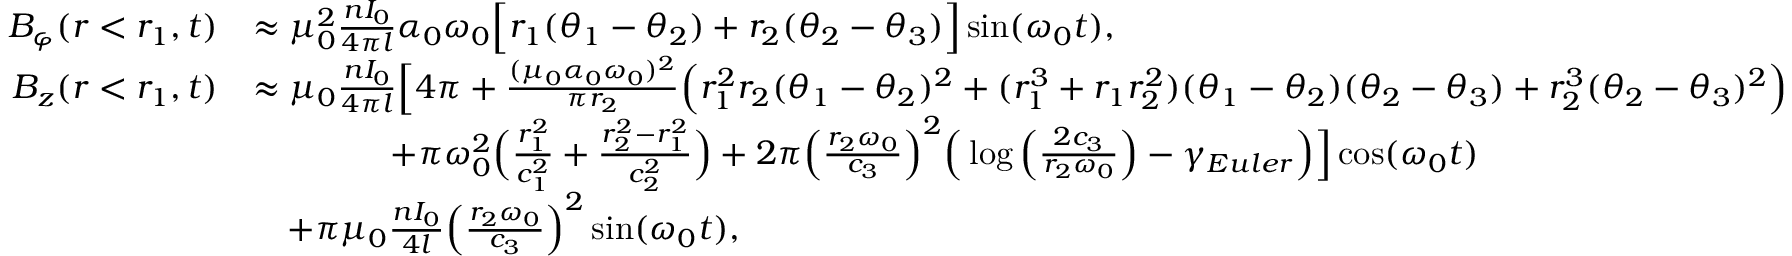
\begin{array} { r l } { B _ { \varphi } ( r < r _ { 1 } , t ) } & { \approx \mu _ { 0 } ^ { 2 } \frac { n I _ { 0 } } { 4 \pi l } \alpha _ { 0 } \omega _ { 0 } \Big [ r _ { 1 } ( \theta _ { 1 } - \theta _ { 2 } ) + r _ { 2 } ( \theta _ { 2 } - \theta _ { 3 } ) \Big ] \sin ( \omega _ { 0 } t ) , } \\ { B _ { z } ( r < r _ { 1 } , t ) } & { \approx \mu _ { 0 } \frac { n I _ { 0 } } { 4 \pi l } \Big [ 4 \pi + \frac { ( \mu _ { 0 } \alpha _ { 0 } \omega _ { 0 } ) ^ { 2 } } { \pi r _ { 2 } } \Big ( r _ { 1 } ^ { 2 } r _ { 2 } ( \theta _ { 1 } - \theta _ { 2 } ) ^ { 2 } + ( r _ { 1 } ^ { 3 } + r _ { 1 } r _ { 2 } ^ { 2 } ) ( \theta _ { 1 } - \theta _ { 2 } ) ( \theta _ { 2 } - \theta _ { 3 } ) + r _ { 2 } ^ { 3 } ( \theta _ { 2 } - \theta _ { 3 } ) ^ { 2 } \Big ) } \\ & { \qquad \qquad + \pi \omega _ { 0 } ^ { 2 } \Big ( \frac { r _ { 1 } ^ { 2 } } { c _ { 1 } ^ { 2 } } + \frac { r _ { 2 } ^ { 2 } - r _ { 1 } ^ { 2 } } { c _ { 2 } ^ { 2 } } \Big ) + 2 \pi \Big ( \frac { r _ { 2 } \omega _ { 0 } } { c _ { 3 } } \Big ) ^ { 2 } \Big ( \log \Big ( \frac { 2 c _ { 3 } } { r _ { 2 } \omega _ { 0 } } \Big ) - \gamma _ { E u l e r } \Big ) \Big ] \cos ( \omega _ { 0 } t ) } \\ & { \quad + \pi \mu _ { 0 } \frac { n I _ { 0 } } { 4 l } \Big ( \frac { r _ { 2 } \omega _ { 0 } } { c _ { 3 } } \Big ) ^ { 2 } \sin ( \omega _ { 0 } t ) , } \end{array}